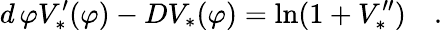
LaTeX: d\, \varphi V_{*}^{\prime}(\varphi)-DV_{*}(\varphi)=\ln(1+V_{*}^{\prime\prime})\quad.